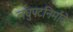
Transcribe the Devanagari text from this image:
लघुपटनिर्माते